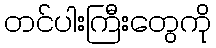
တင်ပါးကြီးတွေကို